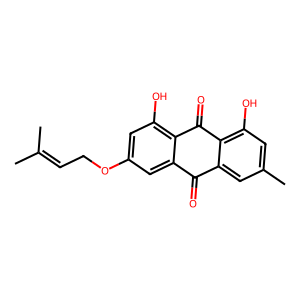
SMILES: CC(C)=CCOc1cc(O)c2c(c1)C(=O)c1cc(C)cc(O)c1C2=O
Inhibits HIV replication: No